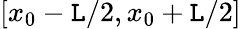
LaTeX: [x_{0}-\mathtt{L}/2,x_{0}+\mathtt{L}/2]